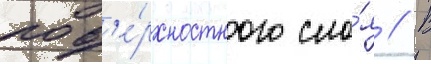
пов'е́рхностного сло́я // В